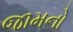
જામનો